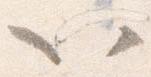
以